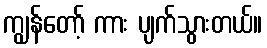
ကျွန်တော့် ကား ပျက်သွားတယ်။